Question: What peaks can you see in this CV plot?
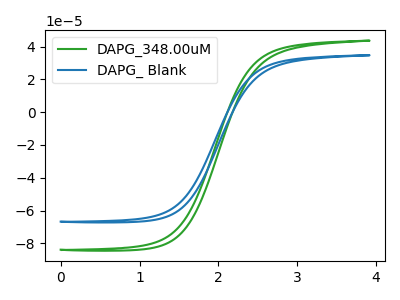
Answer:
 <answer>The green curve "DAPG_348.00uM" has no peaks. The blue curve "DAPG_ Blank" has no peaks.</answer>
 <eval></eval>